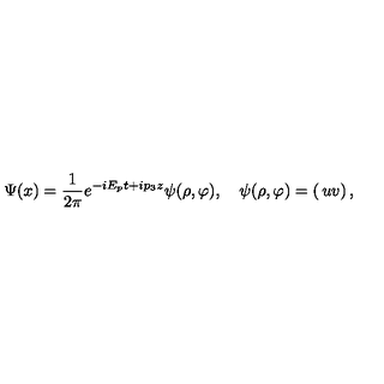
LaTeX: \Psi ( x ) = { \frac { 1 } { 2 \pi } } e ^ { - i E _ { p } t + i p _ { 3 } z } \psi ( \rho , \varphi ) , \quad \psi ( \rho , \varphi ) = \left( \begin{matrix} { u } \\ { v } \\ \end{matrix} \right) ,